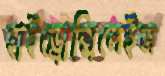
হাইড্রোক্সিলেইজ